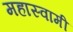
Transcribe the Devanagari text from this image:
महास्वामी